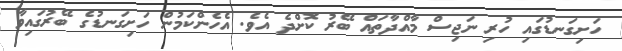
ހަށިގަނޑުގައި ހުރި ނަޖިސް މާއްދާތައް ބޭރު ކޮށްދެ އެވެ. އެހެންކަމުން ހަށިގަނޑުގެ ބޭރުގައިވާ